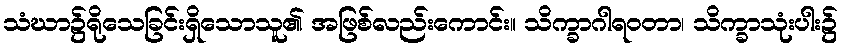
သံဃာ၌ရိုသေခြင်းရှိသောသူ၏ အဖြစ်လည်းကောင်း။ သိက္ခာဂါရဝတာ၊ သိက္ခာသုံးပါး၌